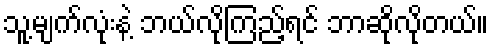
သူ့မျက်လုံးနဲ့ ဘယ်လိုကြည့်ရင် ဘာဆိုလိုတယ်။